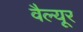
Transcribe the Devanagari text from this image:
वैल्यूर